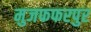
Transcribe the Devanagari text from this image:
मुजफफरपुर